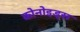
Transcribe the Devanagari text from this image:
कोनोइड्स